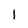
Character: 1